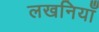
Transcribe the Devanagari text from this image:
लखनियाँ